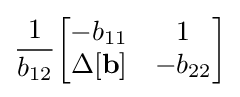
{\frac {1}{b_{12}}}{\begin{bmatrix}-b_{11}&1\\\Delta \mathbf {[b]} &-b_{22}\end{bmatrix}}